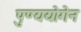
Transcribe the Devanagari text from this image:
पुण्ययोगेन